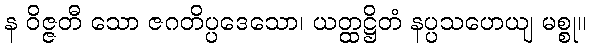
န ဝိဇ္ဇတီ သော ဇဂတိပ္ပဒေသော၊ ယတ္ထဋ္ဌိတံ နပ္ပသဟေယျ မစ္စု။